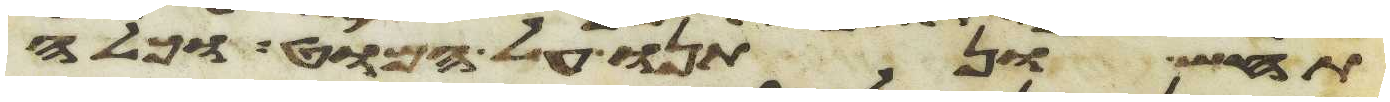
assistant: תחש ונתנו על המוט וכלה